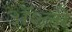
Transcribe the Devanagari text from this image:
ॲश्ली